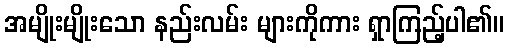
အမျိုးမျိုးသော နည်းလမ်း များကိုကား ရှာကြည့်ပါ၏။